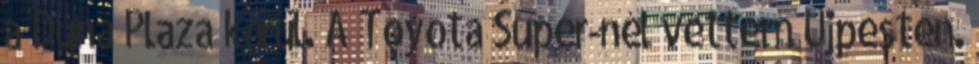
a Duna Plaza körül. A Toyota Super-nél vettem Újpesten.